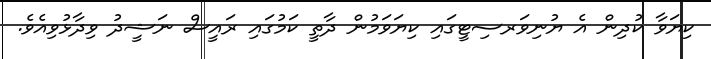
ކިޔަވާ ކުދިން އެ ޔުނިވަރސިޓީގައި ކިޔަވަމުން ދާތީ ކަމުގައި ރައީސް ނަޝީދު ވިދާޅުވިއެވެ.